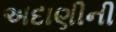
અદાણીની